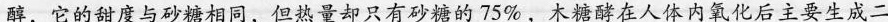
醇，它的甜度与砂糖相同，但热量却只有砂糖的75%，木糖酵在人体内氧化后主要生成二